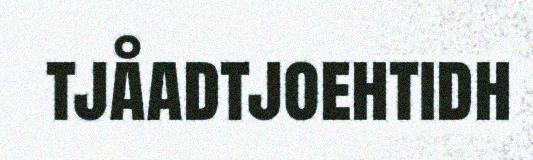
tjåadtjoehtidh